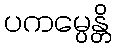
ပကမ္ပေန္တိ